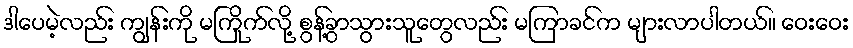
ဒါပေမဲ့လည်း ကျွန်းကို မကြိုက်လို့ စွန့်ခွာသွားသူတွေလည်း မကြာခင်က များလာပါတယ်။ ဝေးဝေး